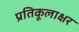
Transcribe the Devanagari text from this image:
प्रतिकूलाक्षर